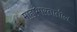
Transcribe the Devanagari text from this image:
माहाभारतातील